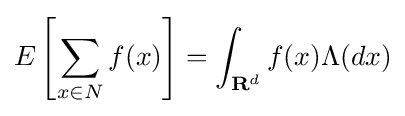
E\left[\sum _{x\in N}f(x)\right]=\int _{{\textbf {R}}^{d}}f(x)\Lambda (dx)